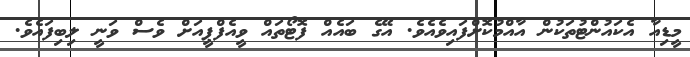
މީޑިއާ އެކައުންޓުތަކުން އާއްމުކޮށްފައިވެއެވެ. އޭގެ ބައެއް ފޮޓޯތައް ވީއެފްޕީއަށް ވެސް ވަނީ ލިބިފައެވެ.